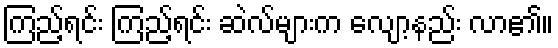
ကြည့်ရင်း ကြည့်ရင်း ဆဲလ်များက လျော့နည်း လာ၏။